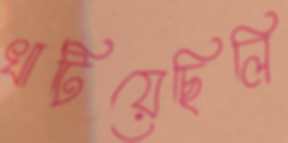
খাটিয়েছিলি